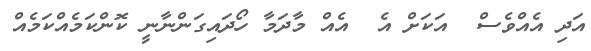
އަދި އެއްވެސް  އަކަށް އެ  އެއް މާދަމާ ހޯދައިގަންނާނީ ކޮންކަމެއްކަމެއް